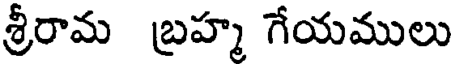
శ్రీరామ బ్రహ్మ గేయములు